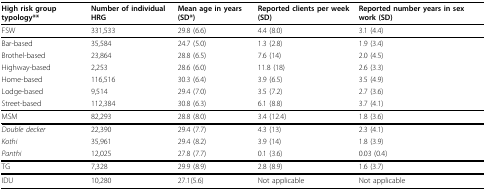
| High risk group typology** | Number of individual HRG | Mean age in years (SD*) | Reported clients per week (SD) | Reported number years in sex work (SD) |
 | --- | --- | --- | --- | --- |
 | FSW | 331,533 | 29.8 (6.6) | 4.4 (8.0) | 3.1 (4.4) |
 | Bar-based | 35,584 | 24.7 (5.0) | 1.3 (2.8) | 1.9 (3.4) |
 | Brothel-based | 23,864 | 28.8 (6.5) | 7.6 (14) | 2.0 (4.5) |
 | Highway-based | 2,253 | 28.6 (6.0) | 11.8 (18) | 2.6 (3.3) |
 | Home-based | 116,516 | 30.3 (6.4) | 3.9 (6.5) | 3.5 (4.9) |
 | Lodge-based | 9,514 | 29.4 (7.0) | 3.5 (7.2) | 2.7 (3.6) |
 | Street-based | 112,384 | 30.8 (6.3) | 6.1 (8.8) | 3.7 (4.1) |
 | MSM | 82,293 | 28.8 (8.0) | 3.4 (12.4) | 1.8 (3.6) |
 | Double decker | 22,390 | 29.4 (7.7) | 4.3 (13) | 2.3 (4.1) |
 | Kothi | 35,961 | 29.4 (8.2) | 3.9 (14) | 1.8 (3.9) |
 | Panthi | 12,025 | 27.8 (7.7) | 0.1 (3.6) | 0.03 (0.4) |
 | TG | 7,328 | 29.9 (8.9) | 2.8 (8.9) | 1.6 (3.7) |
 | IDU | 10,280 | 27.1(5.6) | Not applicable | Not applicable |